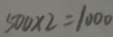
5 0 0 \times 2 = 1 0 0 0